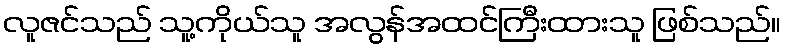
လူဇင်သည် သူ့ကိုယ်သူ အလွန်အထင်ကြီးထားသူ ဖြစ်သည်။